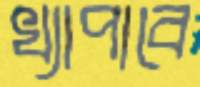
খ্যাপাবে